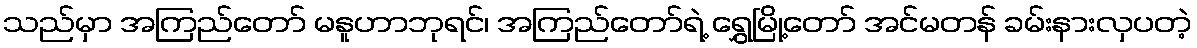
သည်မှာ အကြည်တော် မနူဟာဘုရင်၊ အကြည်တော်ရဲ့ ရွှေမြို့တော် အင်မတန် ခမ်းနားလှပတဲ့